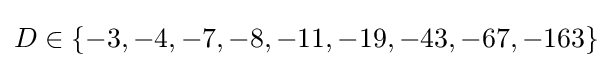
D\in \{-3,-4,-7,-8,-11,-19,-43,-67,-163\}